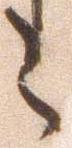
之